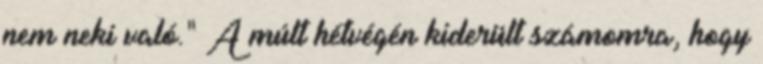
nem neki való." A múlt hétvégén kiderült számomra, hogy